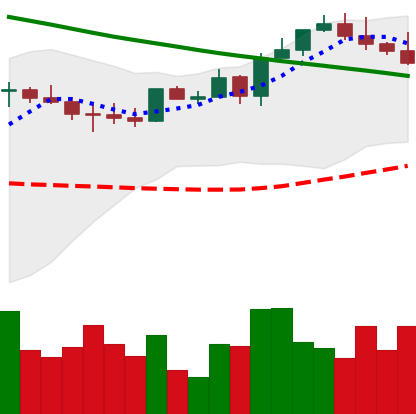
Ticker: ETH-USD
Chart end date: 2022-08-17
Forward return: -11.484%
Label: down_7plus